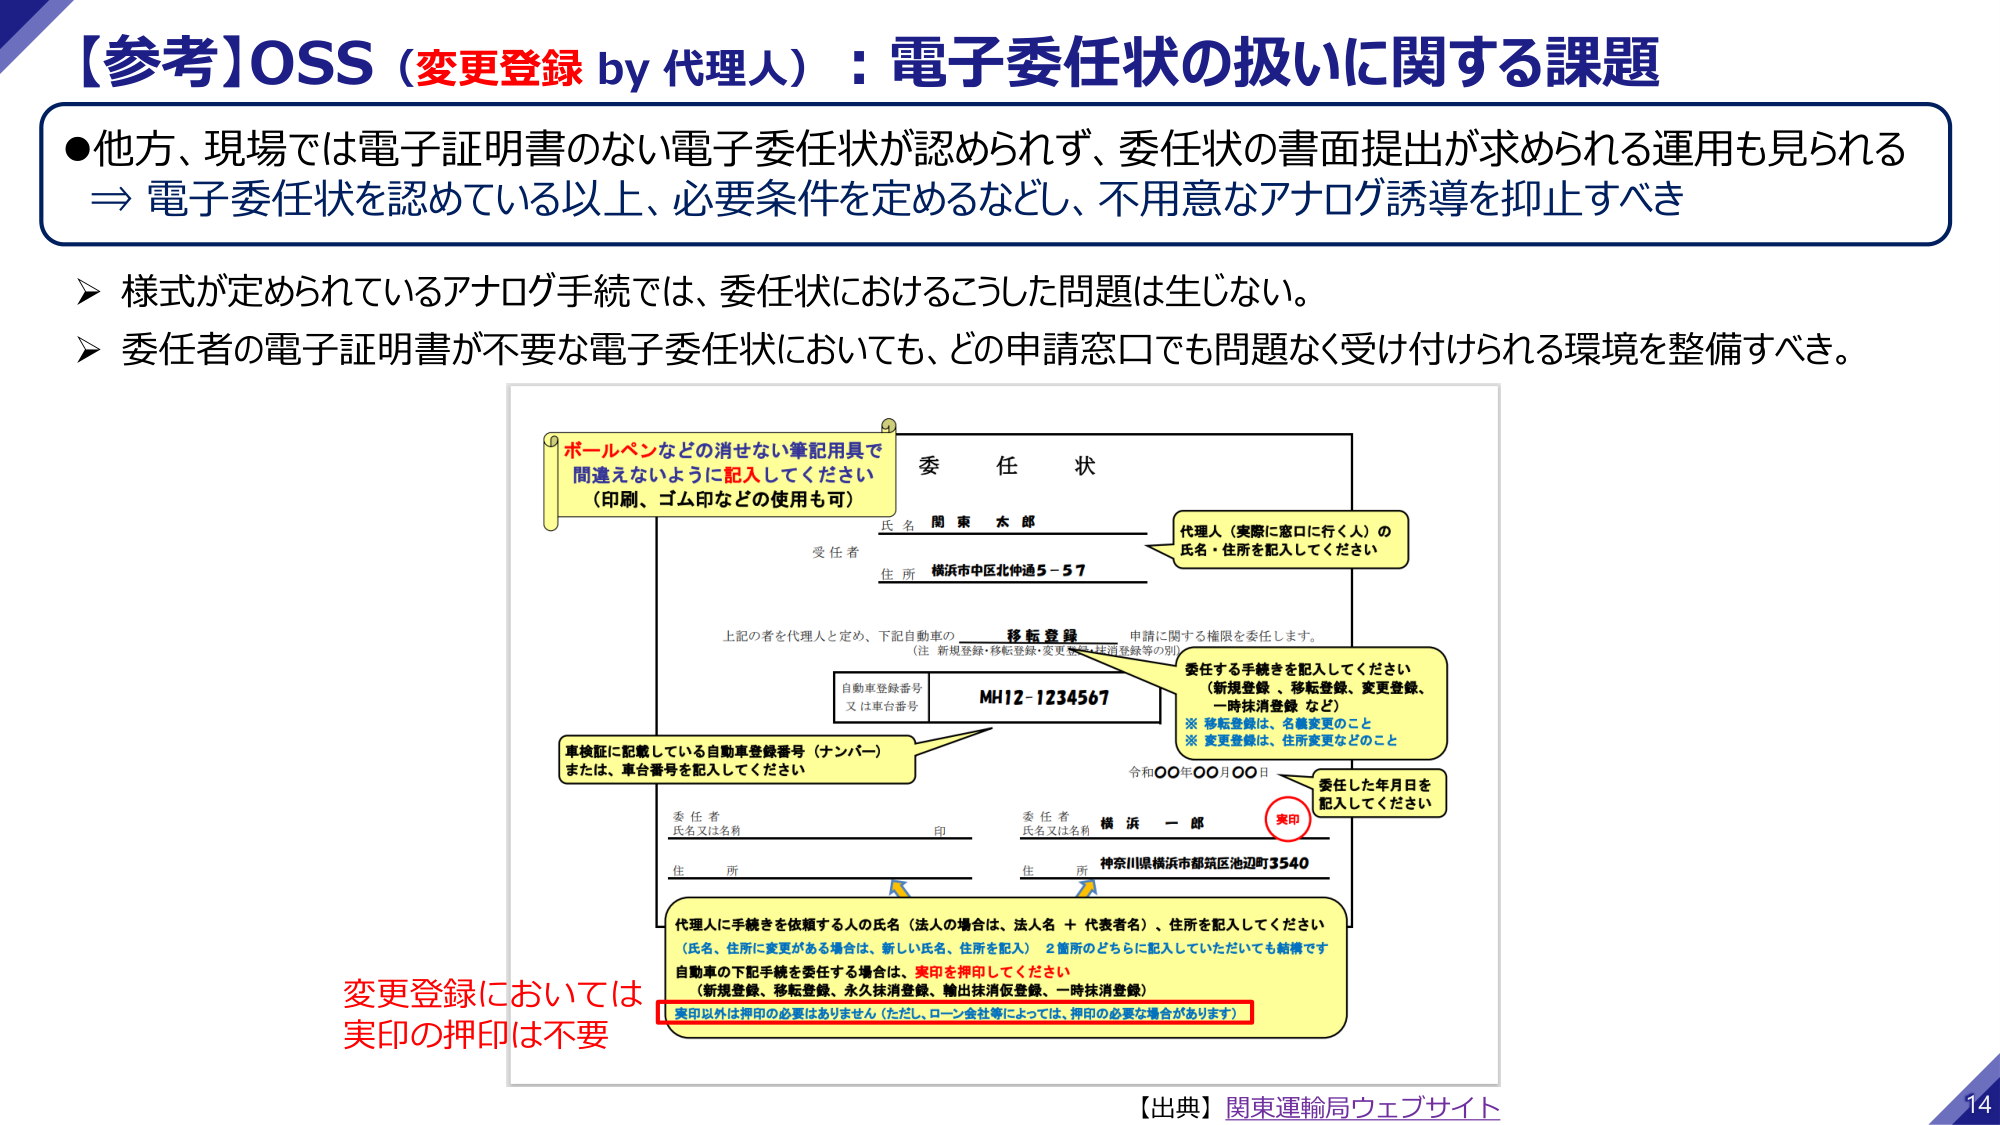
【参考】OSS（変更登録 by 代理人）：電子委任状の扱いに関する課題

●他方、現場では電子証明書のない電子委任状が認められず、委任状の書面提出が求められる運用も見られる
⇒ 電子委任状を認めている以上、必要条件を定めるなどし、不用意なアナログ誘導を抑止すべき

➤ 様式が定められているアナログ手続では、委任状におけるこうした問題は生じない。
➤ 委任者の電子証明書が不要な電子委任状においても、どの申請窓口でも問題なく受け付けられる環境を整備すべき。

ボールペンなどの消せない筆記用具で
間違えないように記入してください
（印刷、ゴム印などの使用も可）

委 任 状

氏名 関 東 太 郎
住所 横浜市中区北仲通5－57

代理人（実際に窓口に行く人）の
氏名・住所を記入してください

上記の者を代理人と定め、下記自動車の
移転登録 申請に関する権限を委任します。
（注 新規登録・移転登録・変更登録・抹消登録等の別）

自動車登録番号
又は車台番号
MH12-1234567

委任する手続きを記入してください
（新規登録、移転登録、変更登録、一時抹消登録 など）
※ 移転登録は、名義変更のこと
※ 変更登録は、住所変更などのこと

車検証に記載している自動車登録番号（ナンバー）
または、車台番号を記入してください

令和〇〇年〇〇月〇〇日

委任した年月日を
記入してください

委任者
氏名又は名前 印
住所

委任者
氏名又は名前 横 浜 一 郎
住所 神奈川県横浜市都筑区池辺町3540

実印

代理人に手続きを依頼する人の氏名（法人の場合は、法人名＋代表者名）、住所を記入してください
（氏名、住所に変更がある場合は、新しい氏名、住所を記入） 2箇所のどちらに記入していただいても結構です
自動車の下記手続を委任する場合は、実印を押印してください
（新規登録、移転登録、永久抹消登録、輸出抹消仮登録、一時抹消登録）
実印以外は押印の必要はありません（ただし、ローン会社等によっては、押印の必要な場合があります）

変更登録においては
実印の押印は不要

【出典】関東運輸局ウェブサイト

14